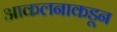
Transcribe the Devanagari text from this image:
आकलनाकडून